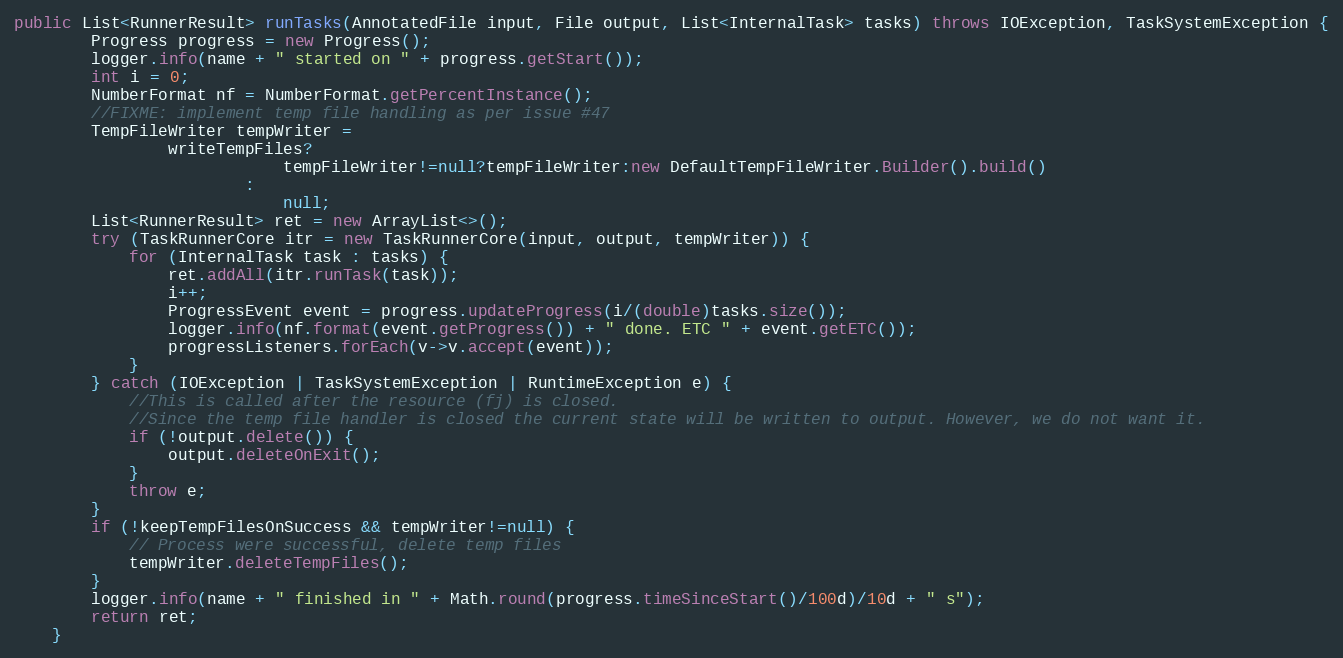
Language: Java
public List<RunnerResult> runTasks(AnnotatedFile input, File output, List<InternalTask> tasks) throws IOException, TaskSystemException {
		Progress progress = new Progress();
		logger.info(name + " started on " + progress.getStart());
		int i = 0;
		NumberFormat nf = NumberFormat.getPercentInstance();
		//FIXME: implement temp file handling as per issue #47
		TempFileWriter tempWriter =
				writeTempFiles?
							tempFileWriter!=null?tempFileWriter:new DefaultTempFileWriter.Builder().build()
						:
							null;
		List<RunnerResult> ret = new ArrayList<>();
		try (TaskRunnerCore itr = new TaskRunnerCore(input, output, tempWriter)) {
			for (InternalTask task : tasks) {
				ret.addAll(itr.runTask(task));
				i++;
				ProgressEvent event = progress.updateProgress(i/(double)tasks.size());
				logger.info(nf.format(event.getProgress()) + " done. ETC " + event.getETC());
				progressListeners.forEach(v->v.accept(event));
			}
		} catch (IOException | TaskSystemException | RuntimeException e) {
			//This is called after the resource (fj) is closed.
			//Since the temp file handler is closed the current state will be written to output. However, we do not want it.
			if (!output.delete()) {
				output.deleteOnExit();
			}
			throw e;
		}
		if (!keepTempFilesOnSuccess && tempWriter!=null) {
			// Process were successful, delete temp files
			tempWriter.deleteTempFiles();
		}
		logger.info(name + " finished in " + Math.round(progress.timeSinceStart()/100d)/10d + " s");
		return ret;
	}